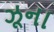
ઝૂના